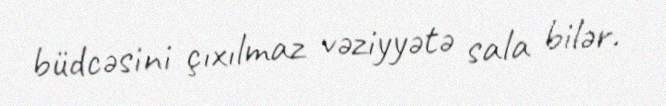
büdcəsini çıxılmaz vəziyyətə sala bilər.